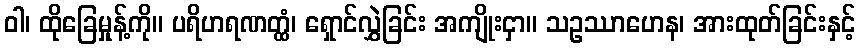
ဝါ၊ ထိုခြေမှုန့်ကို။ ပရိဟရဏတ္ထံ၊ ရှောင်လွှဲခြင်း အကျိုးငှာ။ သဥဿာဟေန၊ အားထုတ်ခြင်းနှင့်